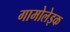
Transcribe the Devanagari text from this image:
गामोलेइक